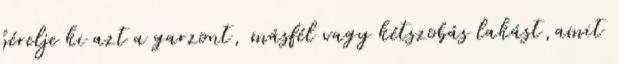
bérelje ki azt a garzont, másfél vagy kétszobás lakást,amit